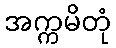
အက္ကမိတုံ